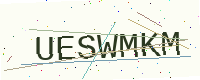
Text: UESWMKM